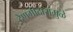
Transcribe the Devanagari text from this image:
देणगीदारांमुळे